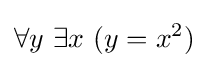
\forall y\ \exists x\ (y=x^{2})